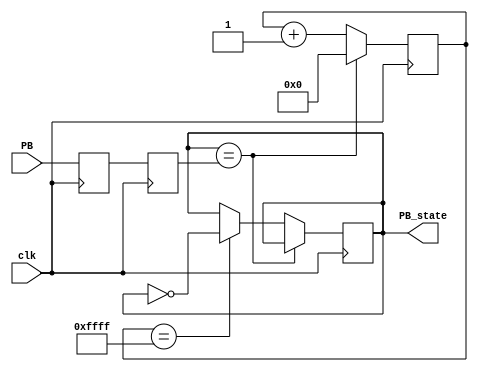
module DeBounce(
 input clk, //this is a 50MHz clock provided on FPGA pin PIN_Y2
 input PB, //this is the input to be debounced
 output reg PB_state //this is the debounced switch
);
// Synchronize the switch input to the clock
reg PB_sync_0;
always @(posedge clk)
PB_sync_0 <= PB;
reg PB_sync_1;
always @(posedge clk)
PB_sync_1 <= PB_sync_0;
// Debounce the switch
reg [15:0] PB_cnt;
always @(posedge clk)
if(PB_state==PB_sync_1)
PB_cnt <= 0;
else
begin
PB_cnt <= PB_cnt + 1'b1;
if(PB_cnt == 16'hffff) PB_state <= ~PB_state;
end
endmodule